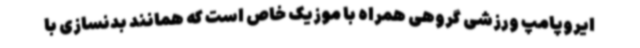
ایروپامپ ورزشی گروهی همراه با موزیک خاص است که همانند بدنسازی با